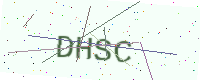
Text: DHSC